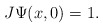
\begin{align*}J\Psi(x,0)=1.\end{align*}